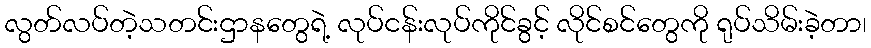
လွတ်လပ်တဲ့သတင်းဌာနတွေရဲ့ လုပ်ငန်းလုပ်ကိုင်ခွင့် လိုင်စင်တွေကို ရုပ်သိမ်းခဲ့တာ၊